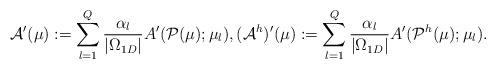
LaTeX: \begin{align*}\mathcal{A}^{\prime}(\mu) := \sum_{l=1}^{Q} \frac{\alpha_{l}}{|\Omega_{1D}|} A^{\prime}(\mathcal{P}(\mu) ;\mu_{l}), (\mathcal{A}^{h})^{\prime}(\mu) := \sum_{l=1}^{Q} \frac{\alpha_{l}}{|\Omega_{1D}|} A^{\prime}(\mathcal{P}^{h}(\mu) ;\mu_{l}).\end{align*}